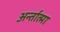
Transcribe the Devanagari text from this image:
अर्न्तात्मा